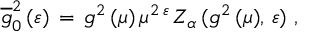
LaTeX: \overline { { { g } } } _ { 0 } ^ { 2 } \, ( \varepsilon ) \, = \, g ^ { 2 } \, ( \mu ) \, \mu ^ { 2 \, \varepsilon } \, Z _ { \alpha } \, ( g ^ { 2 } \, ( \mu ) , \, \varepsilon ) \, \, ,